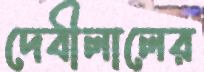
দেবীলালের